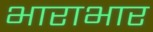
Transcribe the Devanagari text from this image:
भाराभार